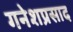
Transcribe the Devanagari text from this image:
गनेशप्रसाद